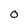
Character: 0